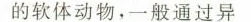
的软体动物，一般通过异